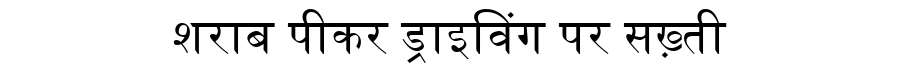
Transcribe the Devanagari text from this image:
शराब पीकर ड्राइविंग पर सख़्ती